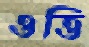
ওত্তি